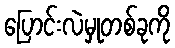
ပြောင်းလဲမှုတစ်ခုကို